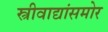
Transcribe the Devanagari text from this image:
स्त्रीवाद्यांसमोर